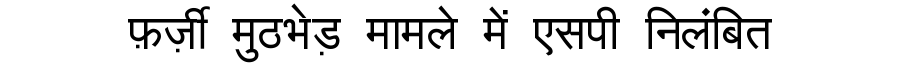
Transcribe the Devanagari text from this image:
फ़र्ज़ी मुठभेड़ मामले में एसपी निलंबित